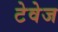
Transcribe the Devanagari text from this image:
टेवेज